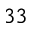
^ { 3 3 }